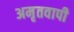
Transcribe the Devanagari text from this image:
अमृतवापी